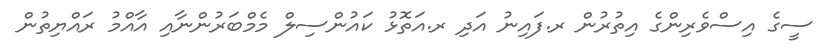
ސީގެ އިސްވެރިންގެ އިތުރުން ރ.ފައިނު އަދި ރ.އަތޮޅު ކައުންސިލް މެމްބަރުންނާއި އާއްމު ރައްޔިތުން